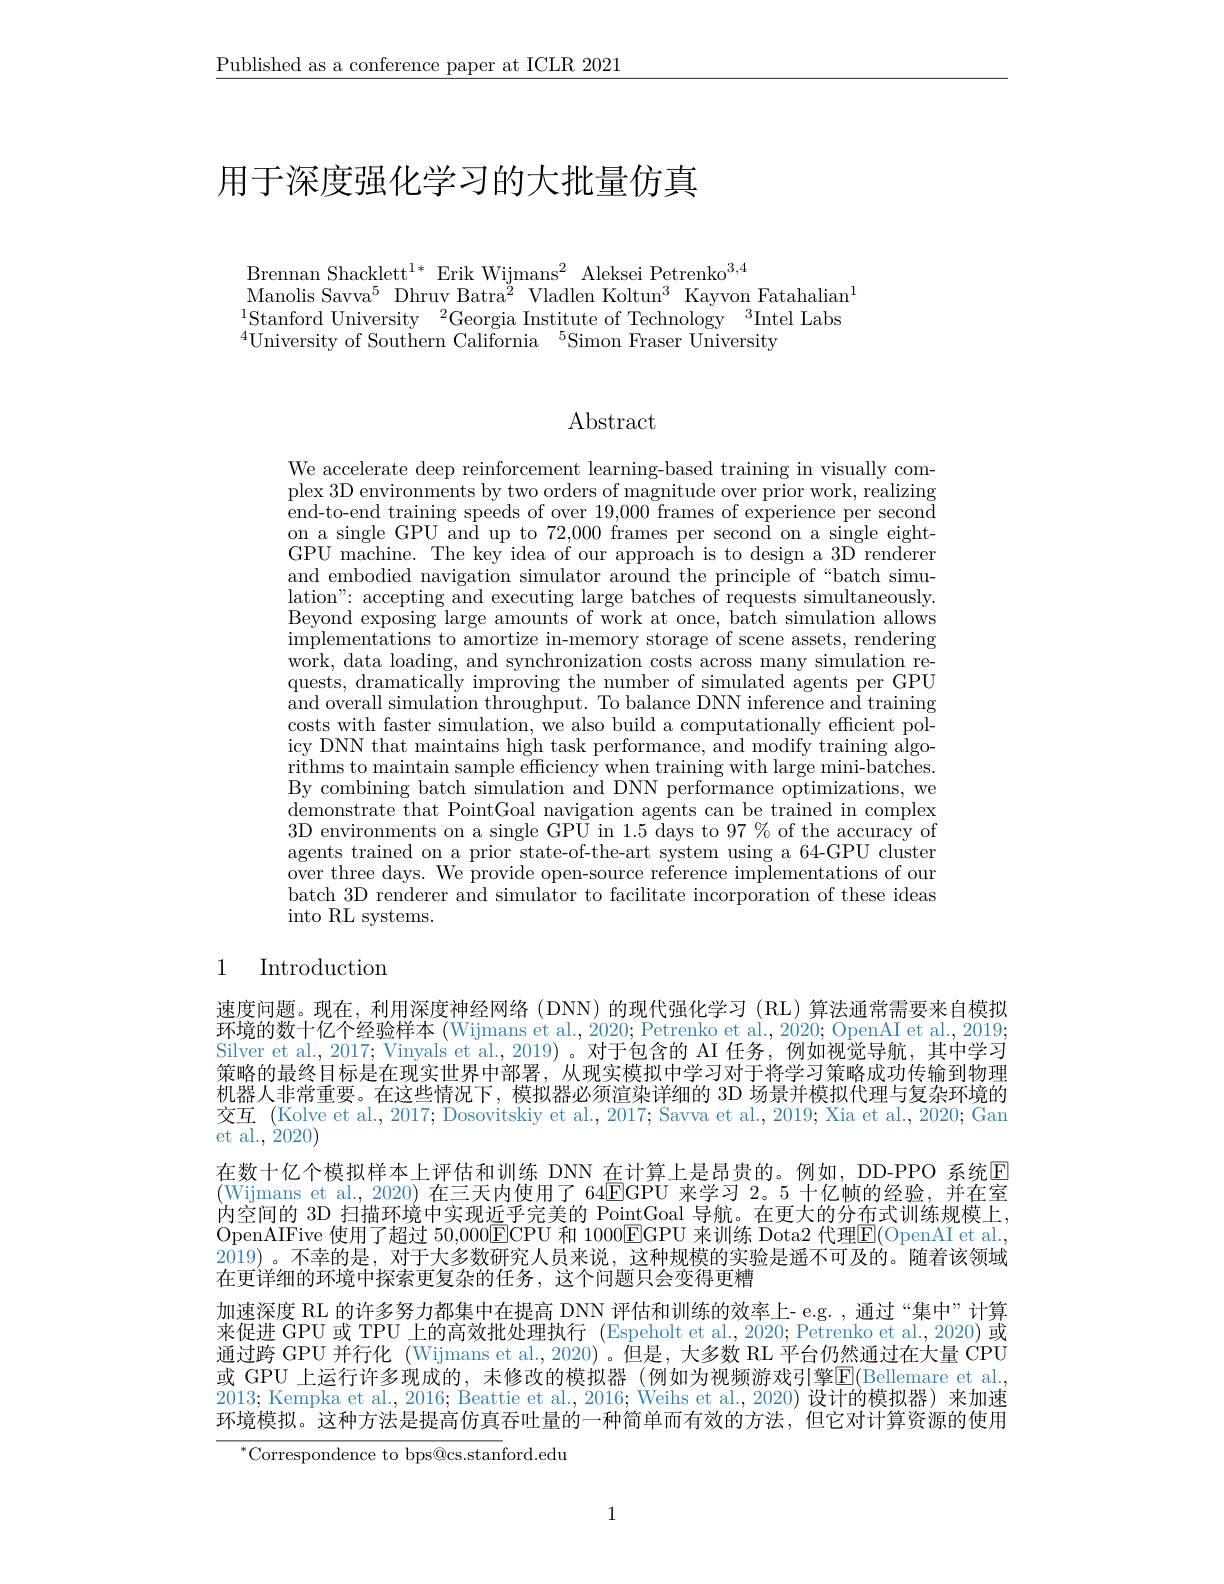
$\underline{\text{Published as a conference paper at ICLR 2021}}$

# 用于深度强化学习的大批量仿真

Brennan Shacklett$^1*$ Erik Wijmans$^2$ Aleksei Petrenko$^3,4$
Manolis Savva$^5$ Dhruv Batra$^2$ Vladlen Koltun$^3$ Kayvon Fatahalian$^1$ $^{1}$Stanford University$^2$Georgia Institute of Technology$^3$Intel Labs $^{4}$University of Southern California$^{5}$Simon Fraser University

$\operatorname{Abstract}$

We accelerate deep reinforcement learning-based training in visually complex 3D environments by two orders of magnitude over prior work, realizing end-to-end training speeds of over 19,000 frames of experience per second on a single GPU and up to 72,000 frames per second on a single eightGPU machine. The key idea of our approach is to design a 3D renderer and embodied navigation simulator around the principle of“batch simulation": accepting and executing large batches of requests simultaneously. Beyond exposing large amount implementations to amortize in-memory storage of scene assets, rendering $\dot{\text{work, data loading, and }}$ quests, dramatically improving the number of simulated agents per GPU and overall simulation throu costs with faster simulation icy DNN that maintains high rithms to maintain sample ef By combining batch simulatio demonstrate that PointGoal n 3D environments on a single agents trained on a prior st $\bar{\text{over three days. We prov}}$ batch 3D renderer and simula into RL systems.

# 1 Introduction

速度问题。现在，利用深度神经网络 (DNN) 的现代强化学习 (RL) 算法通常需要来自模拟环境的数十亿个经验样本 (Wijmans et al., Silver et al., 2017; Vinyals et al., 2019)。对于包含的 AI 任务，例如视觉导航，其中学习策略的最终目标是在现实世界中部署，从现实模拟中学习对于将机器人非常重要。在这些情况下，模拟器必须渲染详细的 3D 场景并模拟代理与复杂环境的交互 (Kolve et al., 2017; Dosovitskiy et al., 2017; Savva et al., 2019; Xia et al., 2020; Gan et al., 2020)
在数十亿个模拟样本上评估和训练 DNN 在计算上是昂贵的。例如，DD-PPO 系统回(Wijmans et al., 2020) 在三天内使用了 64EGPU 来学习2。5十亿帧的经验，并在室内空间的 3D 扫描环境中实现近乎完美的 PointGoal 导航。在更大的分布式训练规模上， OpenAIFive 使用了超过 50,000ECPU 和 1000EGPU 来训练 Dota2 代理$\overline{\mathrm{E}}($OpenAI et al. $\dot{2019})$ 。不幸的是，对于大多数研究人员来说，这种规模的实验是遥不可及的。随着该领域在更详细的环境中探索更复杂的任务，这个问题只会变得更糟
加速深度 RL 的许多努力都集中在提高 DNN 评估和训练的效率上- e.g. , 通过“集中”计算来促进 GPU 或 TPU 上的高效批处理执行 (Espeholt et al.,2020; Petrenko et al.,2020) 或通过跨 GPU 并行化 (Wijmans et al.,2020)。但是，大多数 RL 平台仍然通过在大量 CPÜ 或 GPU 上运行许多现成的，未修改的模拟器(例如为视频游戏引擎$\boxed{\mathrm{E}}($Bellemare et al. 2013; Kempka et al., 2016; Beattie et al., 2016; Weihs et al., 2020)设计的模拟器) 来加速环境模拟。这种方法是提高仿真吞吐量的一种简单而有效的方法，但它对计算资源的使用
$^{*}$Correspondence to bps@cs.stanford.edu

1